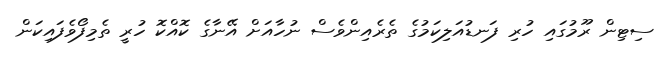
ސިޓިން ރޫމުގައި ހުރި ފަނޑުއަލިކަމުގެ ތެރެއިންވެސް ނުހާއަށް އޭނާގެ ކޮއްކޮ ހުރީ ތެމިފޯވެފައިކަން